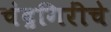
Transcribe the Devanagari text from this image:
चंद्रगिरींचे